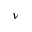
\nu